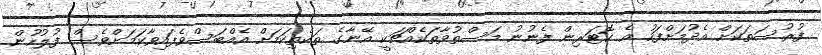
ފުރުސަތަކަށް އެދުމަށްފަހު އެ ކޮޓަރިން ފެނުނު މަސްތުވާތަކެއްޗަކީ އޭނާގެ ތަކެތިކަމަށް އެއްބަސްވެފައިވާކަމަށްވެސް ފުލުހުން